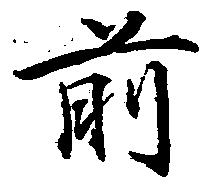
前